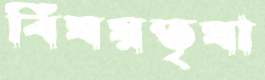
বিষয়তৃষা